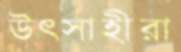
উৎসাহীরা